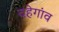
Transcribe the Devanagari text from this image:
दहेगांव